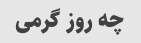
چه روز گرمی